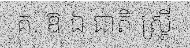
គ. ឱ ឯ ជាតិ ស្ត្រី